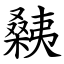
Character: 㯩